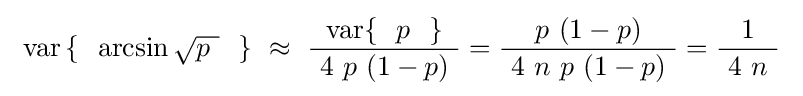
\ \operatorname {var} \left\{~~\arcsin {\sqrt {p~}}~~\right\}~\approx ~{\frac {\ \operatorname {var} \{~~p~~\}\ }{\ 4\ p\ (1-p)\ }}={\frac {\ p\ (1-p)\ }{\ 4\ n\ p\ (1-p)\ }}={\frac {\ 1\ }{\ 4\ n\ }}~